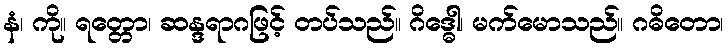
နံ၊ ကို။ ရတ္တော၊ ဆန္ဒရာဂဖြင့် တပ်သည်။ ဂိဒ္ဓေါ၊ မက်မောသည်။ ဂဓိတော၊